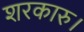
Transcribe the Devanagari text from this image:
शरकारु।